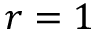
r = 1